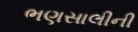
ભણસાલીની